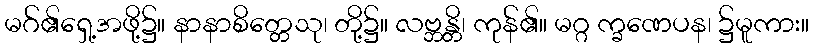
မဂ်၏ရှေ့အဖို့၌။ နာနာစိတ္တေသု၊ တို့၌။ လဗ္ဘန္တိ၊ ကုန်၏။ မဂ္ဂ က္ခဏေပန၊ ၌မူကား။